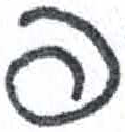
אות: פ